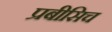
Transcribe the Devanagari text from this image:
प्रबीसिच